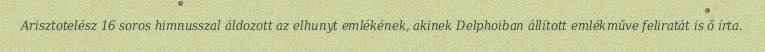
Arisztotelész 16 soros himnusszal áldozott az elhunyt emlékének, akinek Delphoiban állított emlékműve feliratát is ő írta.